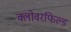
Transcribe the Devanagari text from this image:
क्लोवरफिल्ड